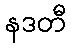
နဒတီ